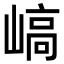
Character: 嵪